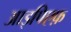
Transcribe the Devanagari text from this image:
आइपिएफ़